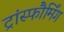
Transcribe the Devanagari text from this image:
ट्रांस्फौर्मिंग